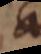
a